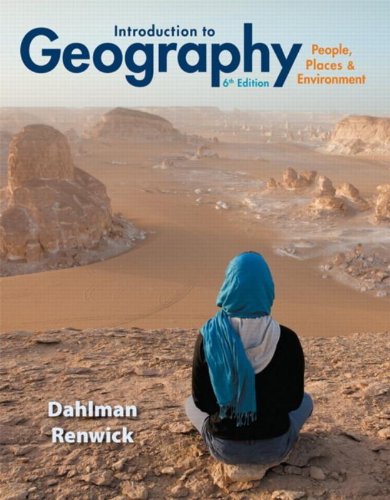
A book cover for Introduction to Geography: People, Places & Environment (6th Edition); Carl H. Dahlman; Science & Math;